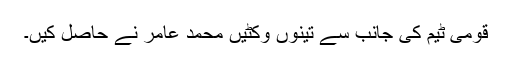
قومی ٹیم کی جانب سے تینوں وکٹیں محمد عامر نے حاصل کیں۔